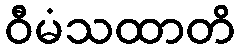
ဝီမံသထာတိ